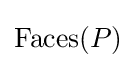
{\textrm {Faces}}(P)